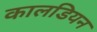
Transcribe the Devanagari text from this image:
कालडियन